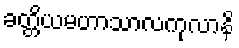
ခတ္တိယမဟာသာလကုလာနိ